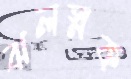
ঝলস্নক